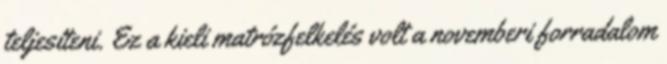
teljesíteni. Ez a kieli matrózfelkelés volt a novemberi forradalom